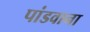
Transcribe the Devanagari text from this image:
पांडवाना